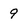
Character: 9